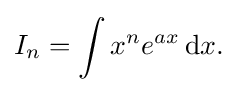
I_{n}=\int x^{n}e^{ax}\,{\text{d}}x.\,\!